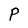
Character: P